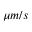
\mu m / s